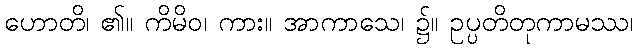
ဟောတိ၊ ၏။ ကိမိဝ၊ ကား။ အာကာသေ၊ ၌။ ဥပ္ပတိတုကာမဿ၊